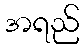
အရည်